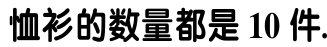
恤衫的数量都是 10 件.